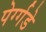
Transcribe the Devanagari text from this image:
पेर्ग्गडे